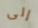
إلى